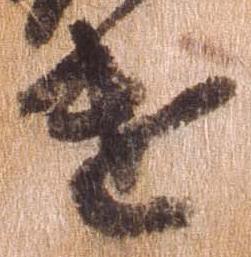
遣